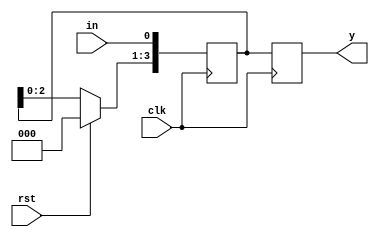
module sipo_4bit (
					input clk,rst,in,
					output reg [3:0] y);
reg [3:0] temp;
					
always@(posedge clk)
begin

	if (rst)
		temp<=4'd0;
	else
		temp<=temp<<1;
		
	temp[0]<=in;
	y=temp;
	

end
endmodule